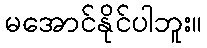
မအောင်နိုင်ပါဘူး။